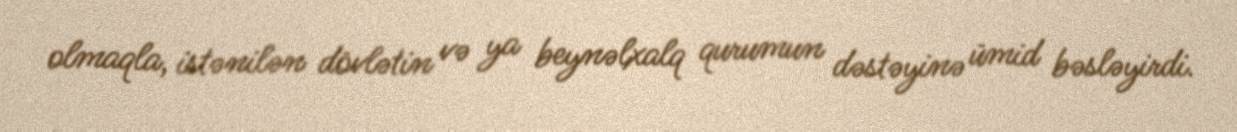
olmaqla, istənilən dövlətin və ya beynəlxalq qurumun dəstəyinə ümid bəsləyirdi.